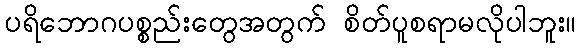
ပရိဘောဂပစ္စည်းတွေအတွက် စိတ်ပူစရာမလိုပါဘူး။